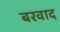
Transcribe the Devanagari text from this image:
बरवाद